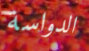
الدواسة